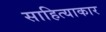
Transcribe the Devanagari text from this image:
साहित्याकार